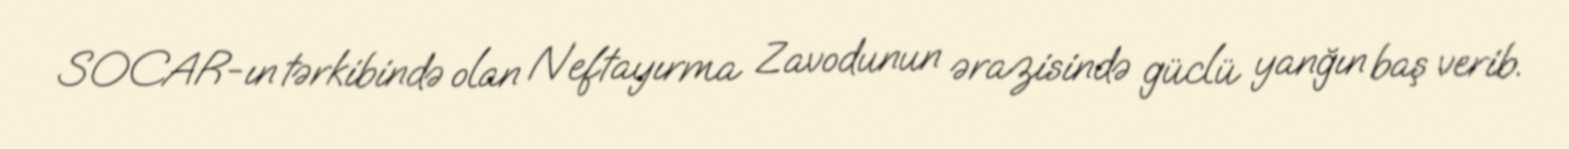
SOCAR-ın tərkibində olan Neftayırma Zavodunun ərazisində güclü yanğın baş verib.